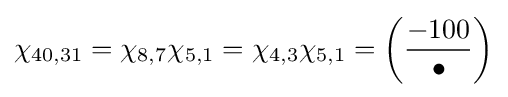
\chi _{40,31}=\chi _{8,7}\chi _{5,1}=\chi _{4,3}\chi _{5,1}=\left({\frac {-100}{\bullet }}\right)